Civil Veterinary Dept. Assam report 1927-50 - 1927-1950
Year: 1927
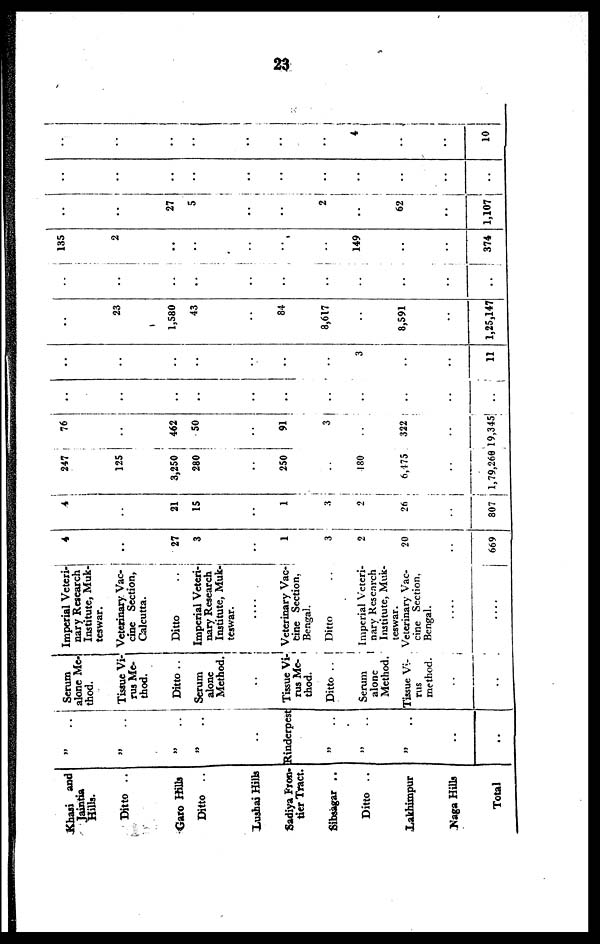
23
Khasi and
Jaintia
Hills.
Ditto ..
Garo Hills
Ditto ..
Lushai Hills
Sadiya Fron-
tier Tract.
Sibsagar ..
Ditto ..
Lakhimpur
Naga Hills
Total
„ ..
„ ..
„ ..
„ ..
..
Rinderpest
„ ..
„ ..
„ ..
..
..
Serum
alone Me-
thod.
Tissue Vi-
rus Me-
thod.
Ditto ..
Serum
alone
Method.
..
Tissue Vi-
rus Me-
thod.
Ditto ..
Serum
alone
Method.
Tissue Vi
rus
method.
..
..
Imperial Veteri-
nary Research
Institute, Muk-
teswar.
Veterinary Vac-
cine Section,
Calcutta.
Ditto
Imperial Veteri-
nary Research
Institute, Muk-
teswar.
....
Veterinary Vac-
cine Section,
Bengal.
Ditto..
Imperial Veteri-
nary Reseach
Institute, Muk-
teswar.
Veterinary Vac-
cine Section,
Bengal.
....
....
4
..
27
3
..
1
3
2
20
..
669
4
..
21
15
..
1
3
2
26
..
807
247
125
3,250 |
280
250
3
180 ..
6,175
.. ..
1,79,260
76
..
462
50
..
91
322
19,345
..
..
..
..
..
..
..
..
..
..
..
..
..
..
..
..
..
..
3
..
..
11
..
23
1,580
43
..
84
8,617
..
8,591
..
1,25,147
135
2
.. ..
.. ..
.. ..
..
..
.. ..
.. 149
.. ..
.. ..
..
374
..
..
27
5
..
..
2
..
62
..
1,107
..
..
..
..
..
..
..
..
..
..
..
..
..
..
..
..
..
4
..
..
10